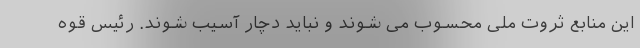
این منابع ثروت ملی محسوب می شوند و نباید دچار آسیب شوند. رئیس قوه